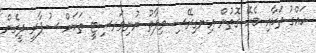
ހައްގު ތަކާއި ބެހޭ ގޮތުން އިނގިރޭސި ވިލާތު ޔުނިވަރސިޓީ ތަކަށް ސުޕާރީ ދީގެން